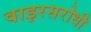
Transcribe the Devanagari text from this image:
वाइरसरोधी